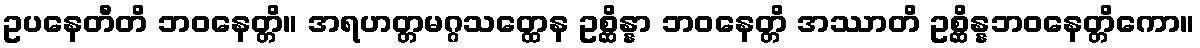
ဥပနေတီတိ ဘဝနေတ္တိ။ အရဟတ္တမဂ္ဂသတ္ထေန ဥစ္ဆိန္နာ ဘဝနေတ္တိ အဿာတိ ဥစ္ဆိန္နဘဝနေတ္တိကော။